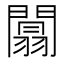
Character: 闒